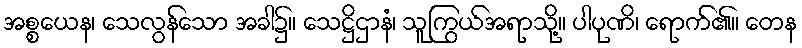
အစ္စယေန၊ သေလွန်သော အခါ၌။ သေဋ္ဌိဌာနံ၊ သူကြွယ်အရာသို့။ ပါပုဏိ၊ ရောက်၏။ တေန